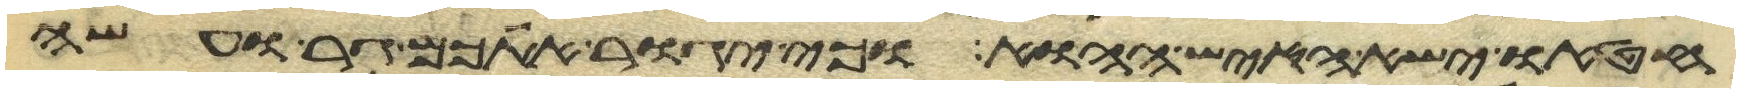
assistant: חטאו ישא האיש ההוא וכי יגור אתכם גר ועשה